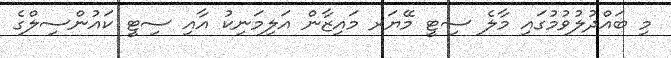
މި ބައްދުލުވުމުގައި މާލެ ސިޓީ މޭޔަރ މައިޒާން އަލިމަނިކު އާއި ސިޓީ ކައުންސިލްގެ